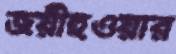
জয়ীহওয়ার